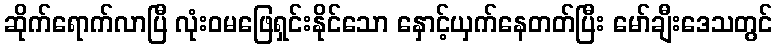
ဆိုက်ရောက်လာပြီ လုံးဝမဖြေရှင်းနိုင်သော နှောင့်ယှက်နေတတ်ပြီး မော်ချီးဒေသတွင်